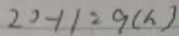
2 0 - 1 1 = 9 ( h )